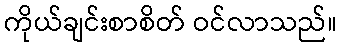
ကိုယ်ချင်းစာစိတ် ဝင်လာသည်။